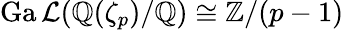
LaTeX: \operatorname{Ga\mathcal{L}}(\mathbb{{Q}}(\zeta_{p})/\mathbb{{Q}})\cong\mathbb{{Z}}/(p-1)